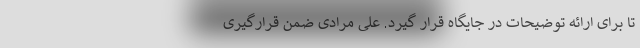
تا برای ارائه توضیحات در جایگاه قرار گیرد. علی مرادی ضمن قرارگیری